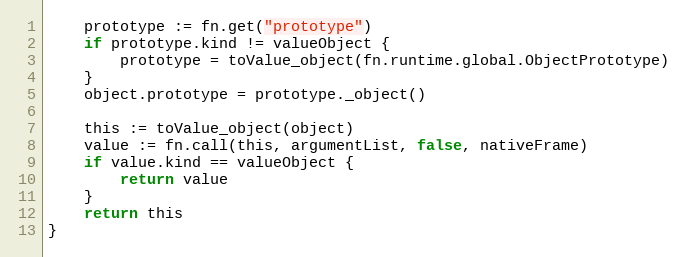
Language: Go
	prototype := fn.get("prototype")
	if prototype.kind != valueObject {
		prototype = toValue_object(fn.runtime.global.ObjectPrototype)
	}
	object.prototype = prototype._object()

	this := toValue_object(object)
	value := fn.call(this, argumentList, false, nativeFrame)
	if value.kind == valueObject {
		return value
	}
	return this
}